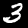
Label: 3